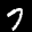
Label: 7